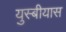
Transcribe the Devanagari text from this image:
युस्बीयास